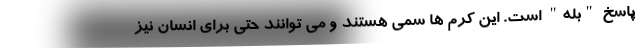
پاسخ "بله" است. این کرم ها سمی هستند و می توانند حتی برای انسان نیز